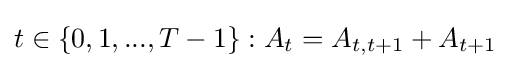
t\in \{0,1,...,T-1\}:A_{t}=A_{t,t+1}+A_{t+1}